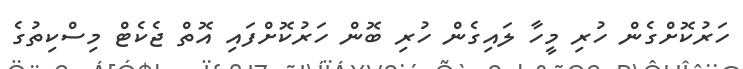
ހަރުކޮށްގެން ހުރި މީހާ ލައިގެން ހުރި ބޮން ހަރުކޮށްފައި އޮތް ޖެކެޓް މިސްކިތުގެ